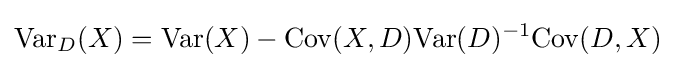
\mathrm {Var} _{D}(X)=\mathrm {Var} (X)-\mathrm {Cov} (X,D)\mathrm {Var} (D)^{-1}\mathrm {Cov} (D,X)